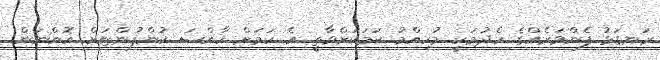
ރަނގަޅު ފެންވަރެއްގެ ހެދުމަކީ މުހިއްމު ކަމަކަށްވާތީ އެ ކަމަށް ހާއްސަ ކުންފުންޏަށް އޮންނަން